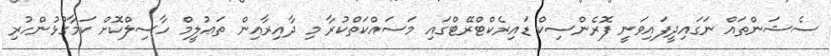
ސެޝަންތައް ނަގައިދީފައިވަނީ ފޮރެންސިކް ޑައިރެކްޓްރޭޓްގައި މަސައްކަތްކުރާ މި ދާއިރާއިން ތަޢުލީމް ހާސިލްކޮށް ކަމާގުޅުންހުރި